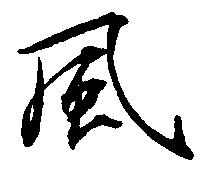
風